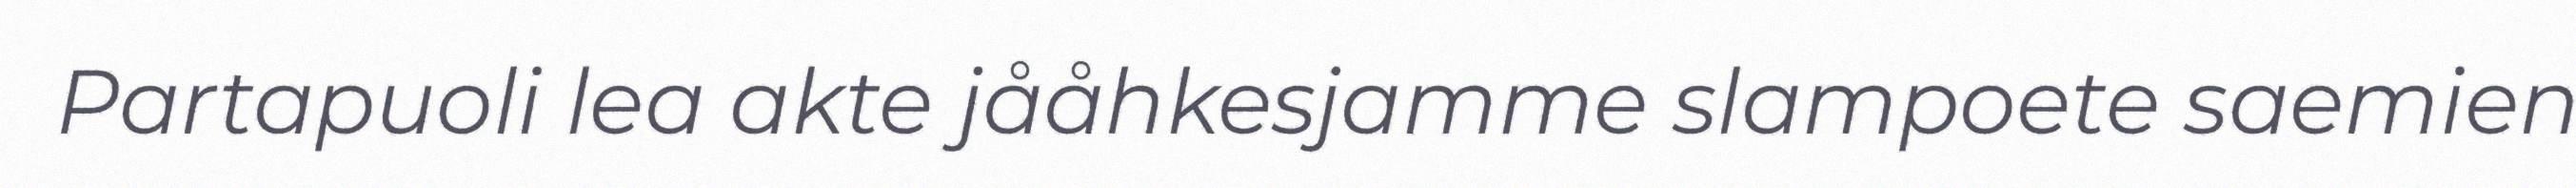
Partapuoli lea akte jååhkesjamme slampoete saemien